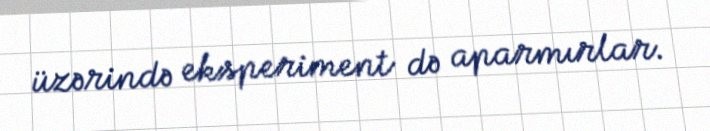
üzərində eksperiment də aparmırlar.